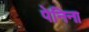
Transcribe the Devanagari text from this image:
पेनिना